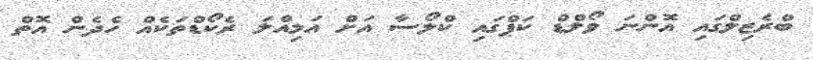
ބްރެޒިލްގައި އޮންނަ ވޯލްޑް ކަޕްގައި ކްލޯސާ އަށް އަމިއްލަ ރެކޯޑްތަކެއް ހެދެން އޮތް